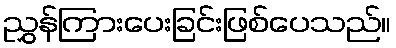
ညွှန်ကြားပေးခြင်းဖြစ်ပေသည်။